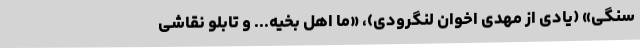
سنگی» (یادی از مهدی اخوان لنگرودی)، «ما اهل بخیه... و تابلو نقاشی